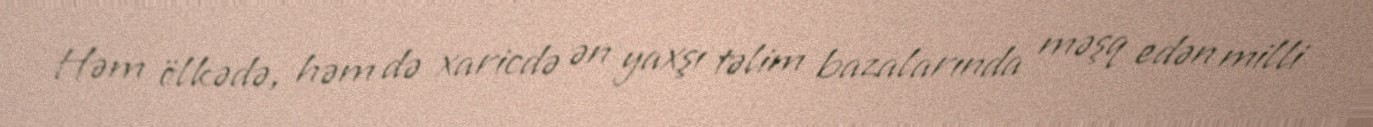
Həm ölkədə, həm də xaricdə ən yaxşı təlim bazalarında məşq edən milli